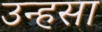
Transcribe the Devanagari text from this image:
उन्हसा